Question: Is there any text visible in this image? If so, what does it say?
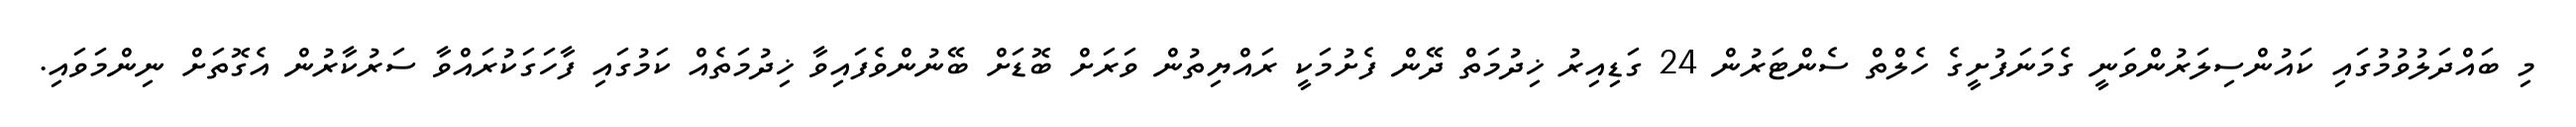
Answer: މި ބައްދަލުވުމުގައި ކައުންސިލަރުންވަނީ ގެމަނަފުށީގެ ހެލްތް ސެންޓަރުން 24 ގަޑިއިރު ޚިދުމަތް ދޭން ފެށުމަކީ ރައްޔިތުން ވަރަށް ބޮޑަށް ބޭނުންވެފައިވާ ޚިދުމަތެއް ކަމުގައި ފާހަގަކުރައްވާ ސަރުކާރުން އެގޮތަށް ނިންމަވައި.